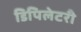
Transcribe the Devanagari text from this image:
डिपिलेटरी